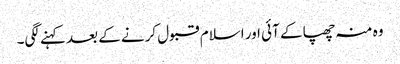
وہ منہ چھپا کے آئی اور اسلام قبول کرنے کے بعد کہنے لگی۔